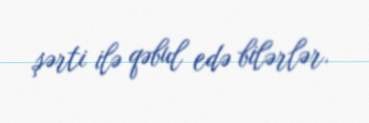
şərti ilə qəbul edə bilərlər.